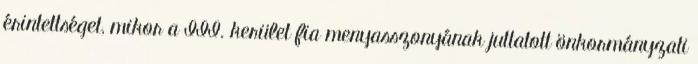
érintettséget, mikor a III. kerület fia menyasszonyának juttatott önkormányzati